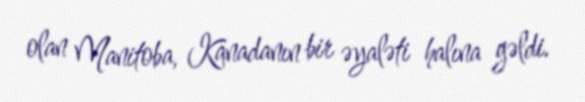
olan Manitoba, Kanadanın bir əyaləti halına gəldi.